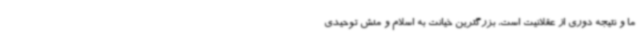
ما و نتیجه دوری از عقلانیت است، بزرگترین خیانت به اسلام و منش توحیدی